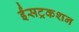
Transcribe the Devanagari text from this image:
ईंसट्रकशन